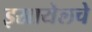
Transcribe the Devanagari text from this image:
इस्रायेलचे